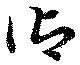
御